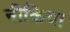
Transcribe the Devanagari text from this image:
नीकिया